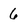
Character: 6